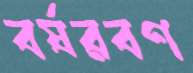
বর্ষরবণ